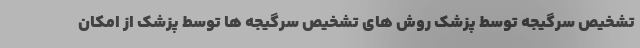
تشخیص سرگیجه توسط پزشک روش های تشخیص سرگیجه ها توسط پزشک از امکان